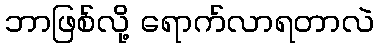
ဘာဖြစ်လို့ ရောက်လာရတာလဲ